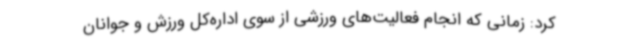
کرد: زمانی که انجام فعالیت‌های ورزشی از سوی اداره‌کل ورزش و جوانان